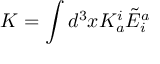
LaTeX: K = \int d ^ { 3 } x K _ { a } ^ { i } { \tilde { E } } _ { i } ^ { a }